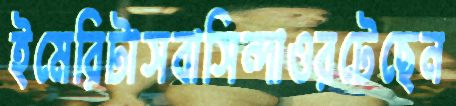
ইমেরিটাসবাসিন্দাওরটেছেন